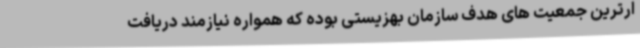
ارترین جمعیت های هدف سازمان بهزیستی بوده که همواره نیازمند دریافت